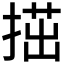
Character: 𢱝